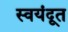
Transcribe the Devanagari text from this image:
स्वयंदूत